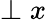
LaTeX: \perp x